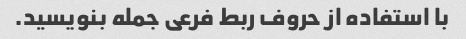
با استفاده از حروف ربط فرعی جمله بنویسید.